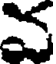
వ